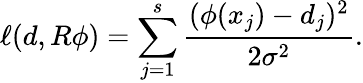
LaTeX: \ell(d,R\phi)=\sum_{j=1}^{s}\frac{(\phi(x_{j})-d_{j})^{2}}{2\sigma^{2}}.